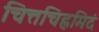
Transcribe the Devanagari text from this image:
चित्तचिह्नमिदं